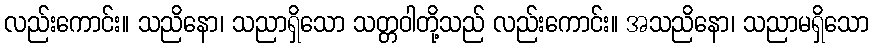
လည်းကောင်း။ သညိနော၊ သညာရှိသော သတ္တဝါတို့သည် လည်းကောင်း။ အသညိနော၊ သညာမရှိသော